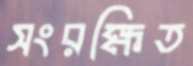
সংরক্ষিত